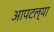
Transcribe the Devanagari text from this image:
आपटल्या